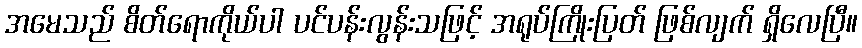
အမေသည် စိတ်ရောကိုယ်ပါ ပင်ပန်းလွန်းသဖြင့် အရုပ်ကြိုးပြတ် ဖြစ်လျက် ရှိလေပြီ။